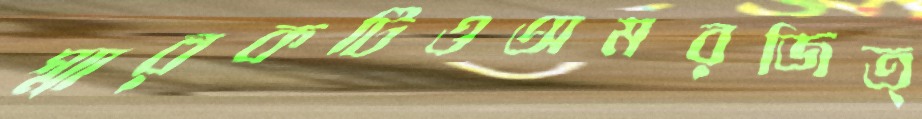
স্মারকটিওঅমরজিত্